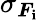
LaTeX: \sigma_{\boldsymbol{F}_{\mathbf{i}}}